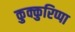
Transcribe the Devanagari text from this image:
कुक्कुरिप्पा